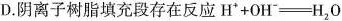
D.阴离子树脂填充段存在反应H ^ { 4} + O H = H _{ 2 } O